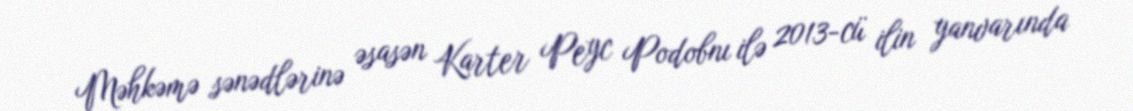
Məhkəmə sənədlərinə əsasən Karter Peyc Podobnı ilə 2013-cü ilin yanvarında